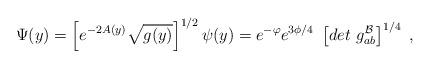
LaTeX: \begin{align*}\Psi (y) = \left[ e^{-2 A(y)} \sqrt{g(y)} \right]^{1/2} \psi(y)= e^{- \varphi} e^{3 \phi/4} ~ \left[ det~g_{ab}^{\cal{B}} \right]^{1/4} ~,\end{align*}